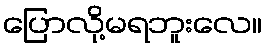
ပြောလို့မရဘူးလေ။